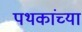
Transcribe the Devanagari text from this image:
पथकांच्या